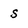
Character: s